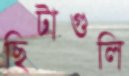
ছিটাগুলি